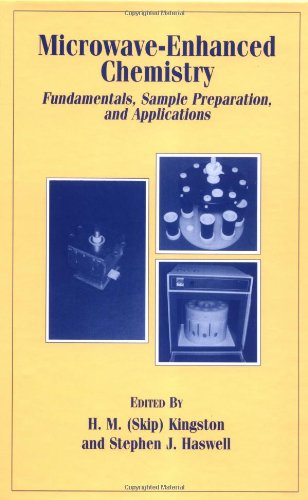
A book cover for Microwave-Enhanced Chemistry: Fundamentals, Sample Preparation, and Applications (ACS Professional Reference Book); Science & Math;